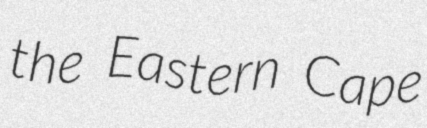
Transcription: the Eastern Cape